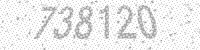
Solution: 738120